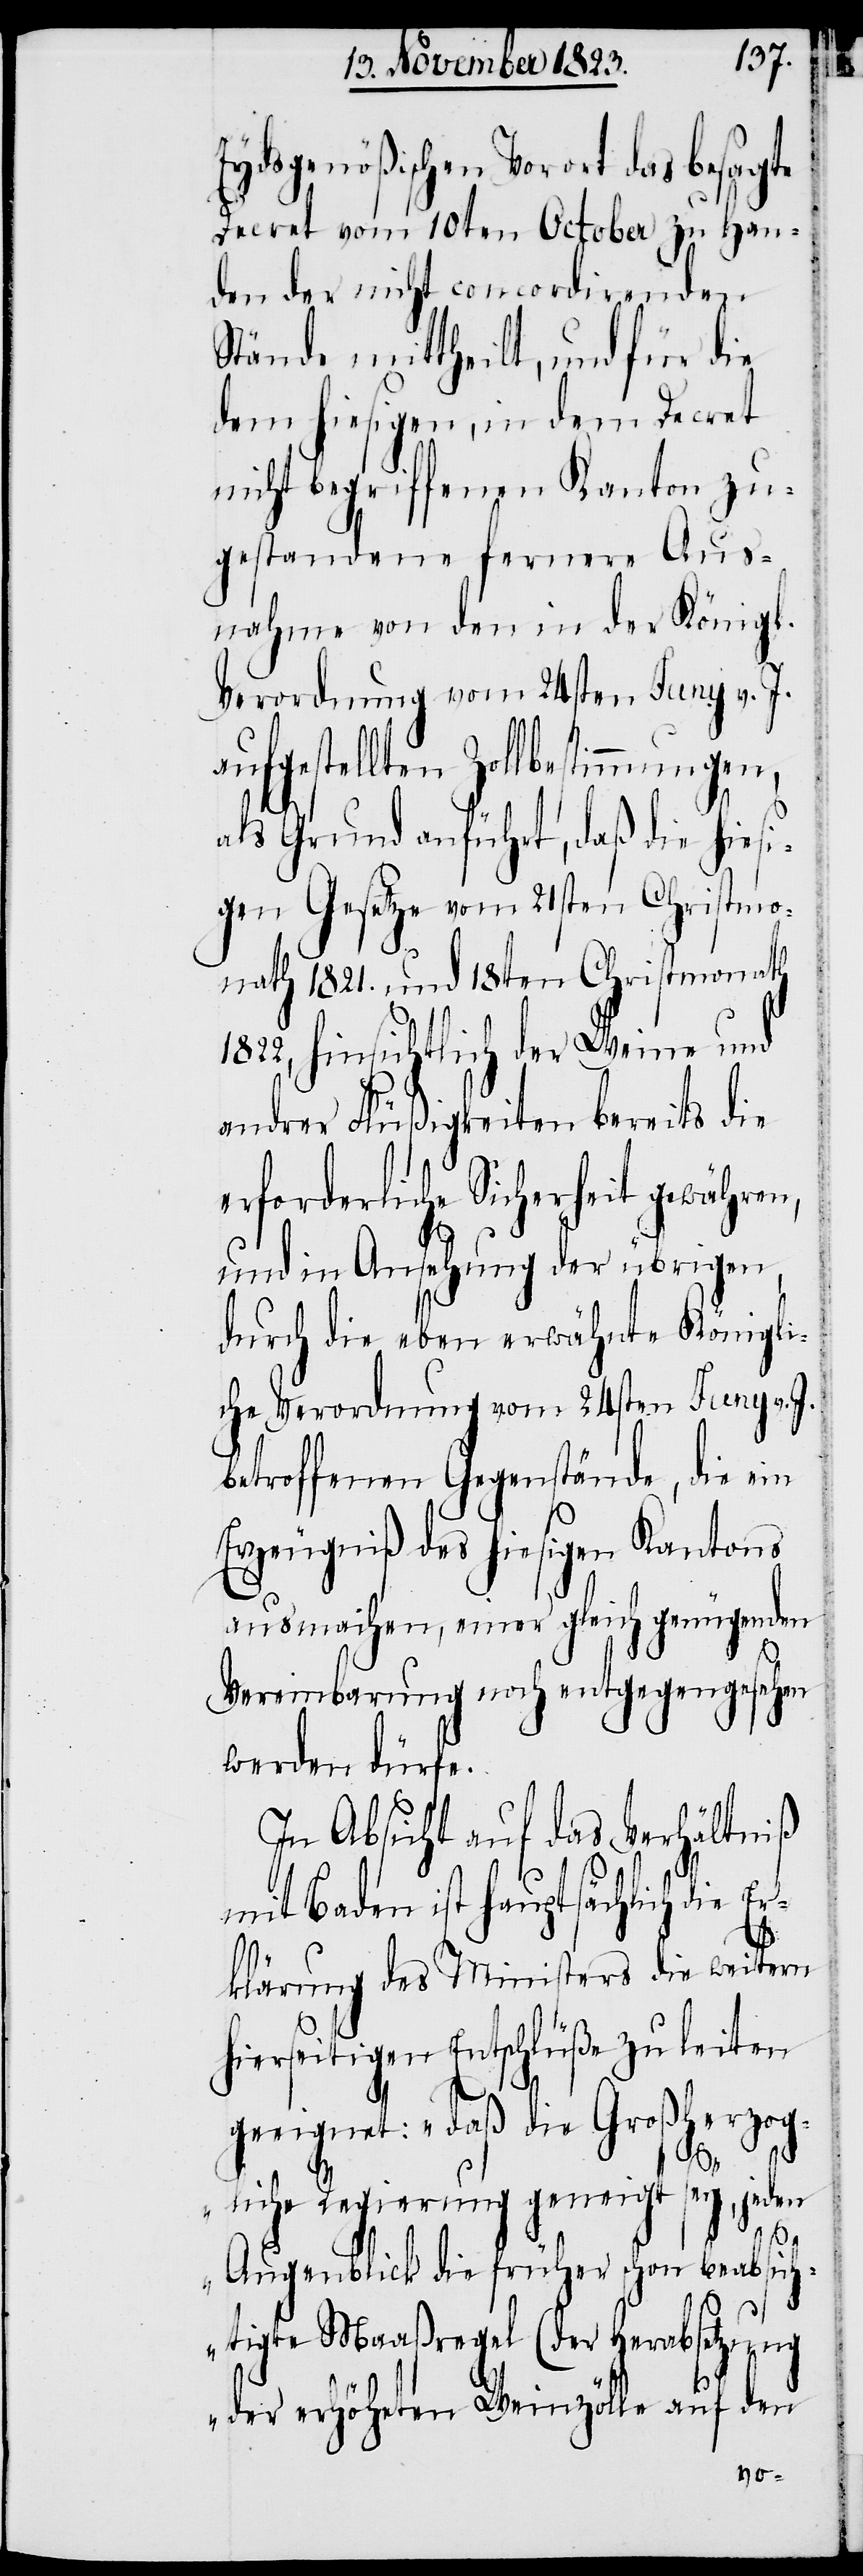
Eydsgenößischen Vorort das besagte
Decret vom 10ten October zu Han¬
den der nicht concordirenden
Stände mittheilt, und für die
dem hiesigen, in dem Decret
nicht begriffenen Kanton zu¬
gestandene fernere Aus¬
nahme von den in der Königl.
Verordnung vom 24sten Juny v. J.
aufgestellten Zollbestimmungen,
als Grund anführt, daß die hiesi¬
gen Gesetze vom 21sten Christmo¬
nath 1821. und 18ten Christmonath
hinsichtlich der Weine und
andrer Flüßigkeiten bereits die
erforderliche Sicherheit gewähren,
und in Ansehung der übrigen,
durch die eben erwähnte Königli¬
che Verordnung vom 24sten Juny v. J.
betroffenen Gegenstände, die ein
Erzeugniß des hiesigen Kantons
ausmachen, einer gleich genügenden
Er¬
Vereinbarung noch entgegengesehen
werden dürfe.
In Absicht auf das Verhältniß
mit Baden ist hauptsächlich die
klärung des Ministers die weitern
hierseitigen Entschlüße zu leiten
geeignet: „daß die Großherzog¬
liche Regierung geneigt sey, jeden
Augenblick die früher schon beabsich¬
tigte Maaßregel (der Herabsetzung
der erhöheten Weinzölle auf den